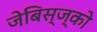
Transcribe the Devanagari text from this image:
जेबिस्ज्को